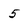
Character: 5